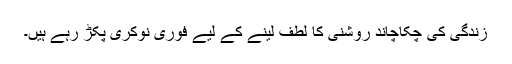
زندگی کی چکاچاند روشنی کا لطف لینے کے لیے فوری نوکری پکڑ رہے ہیں۔